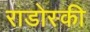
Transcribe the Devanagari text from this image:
राडोस्की